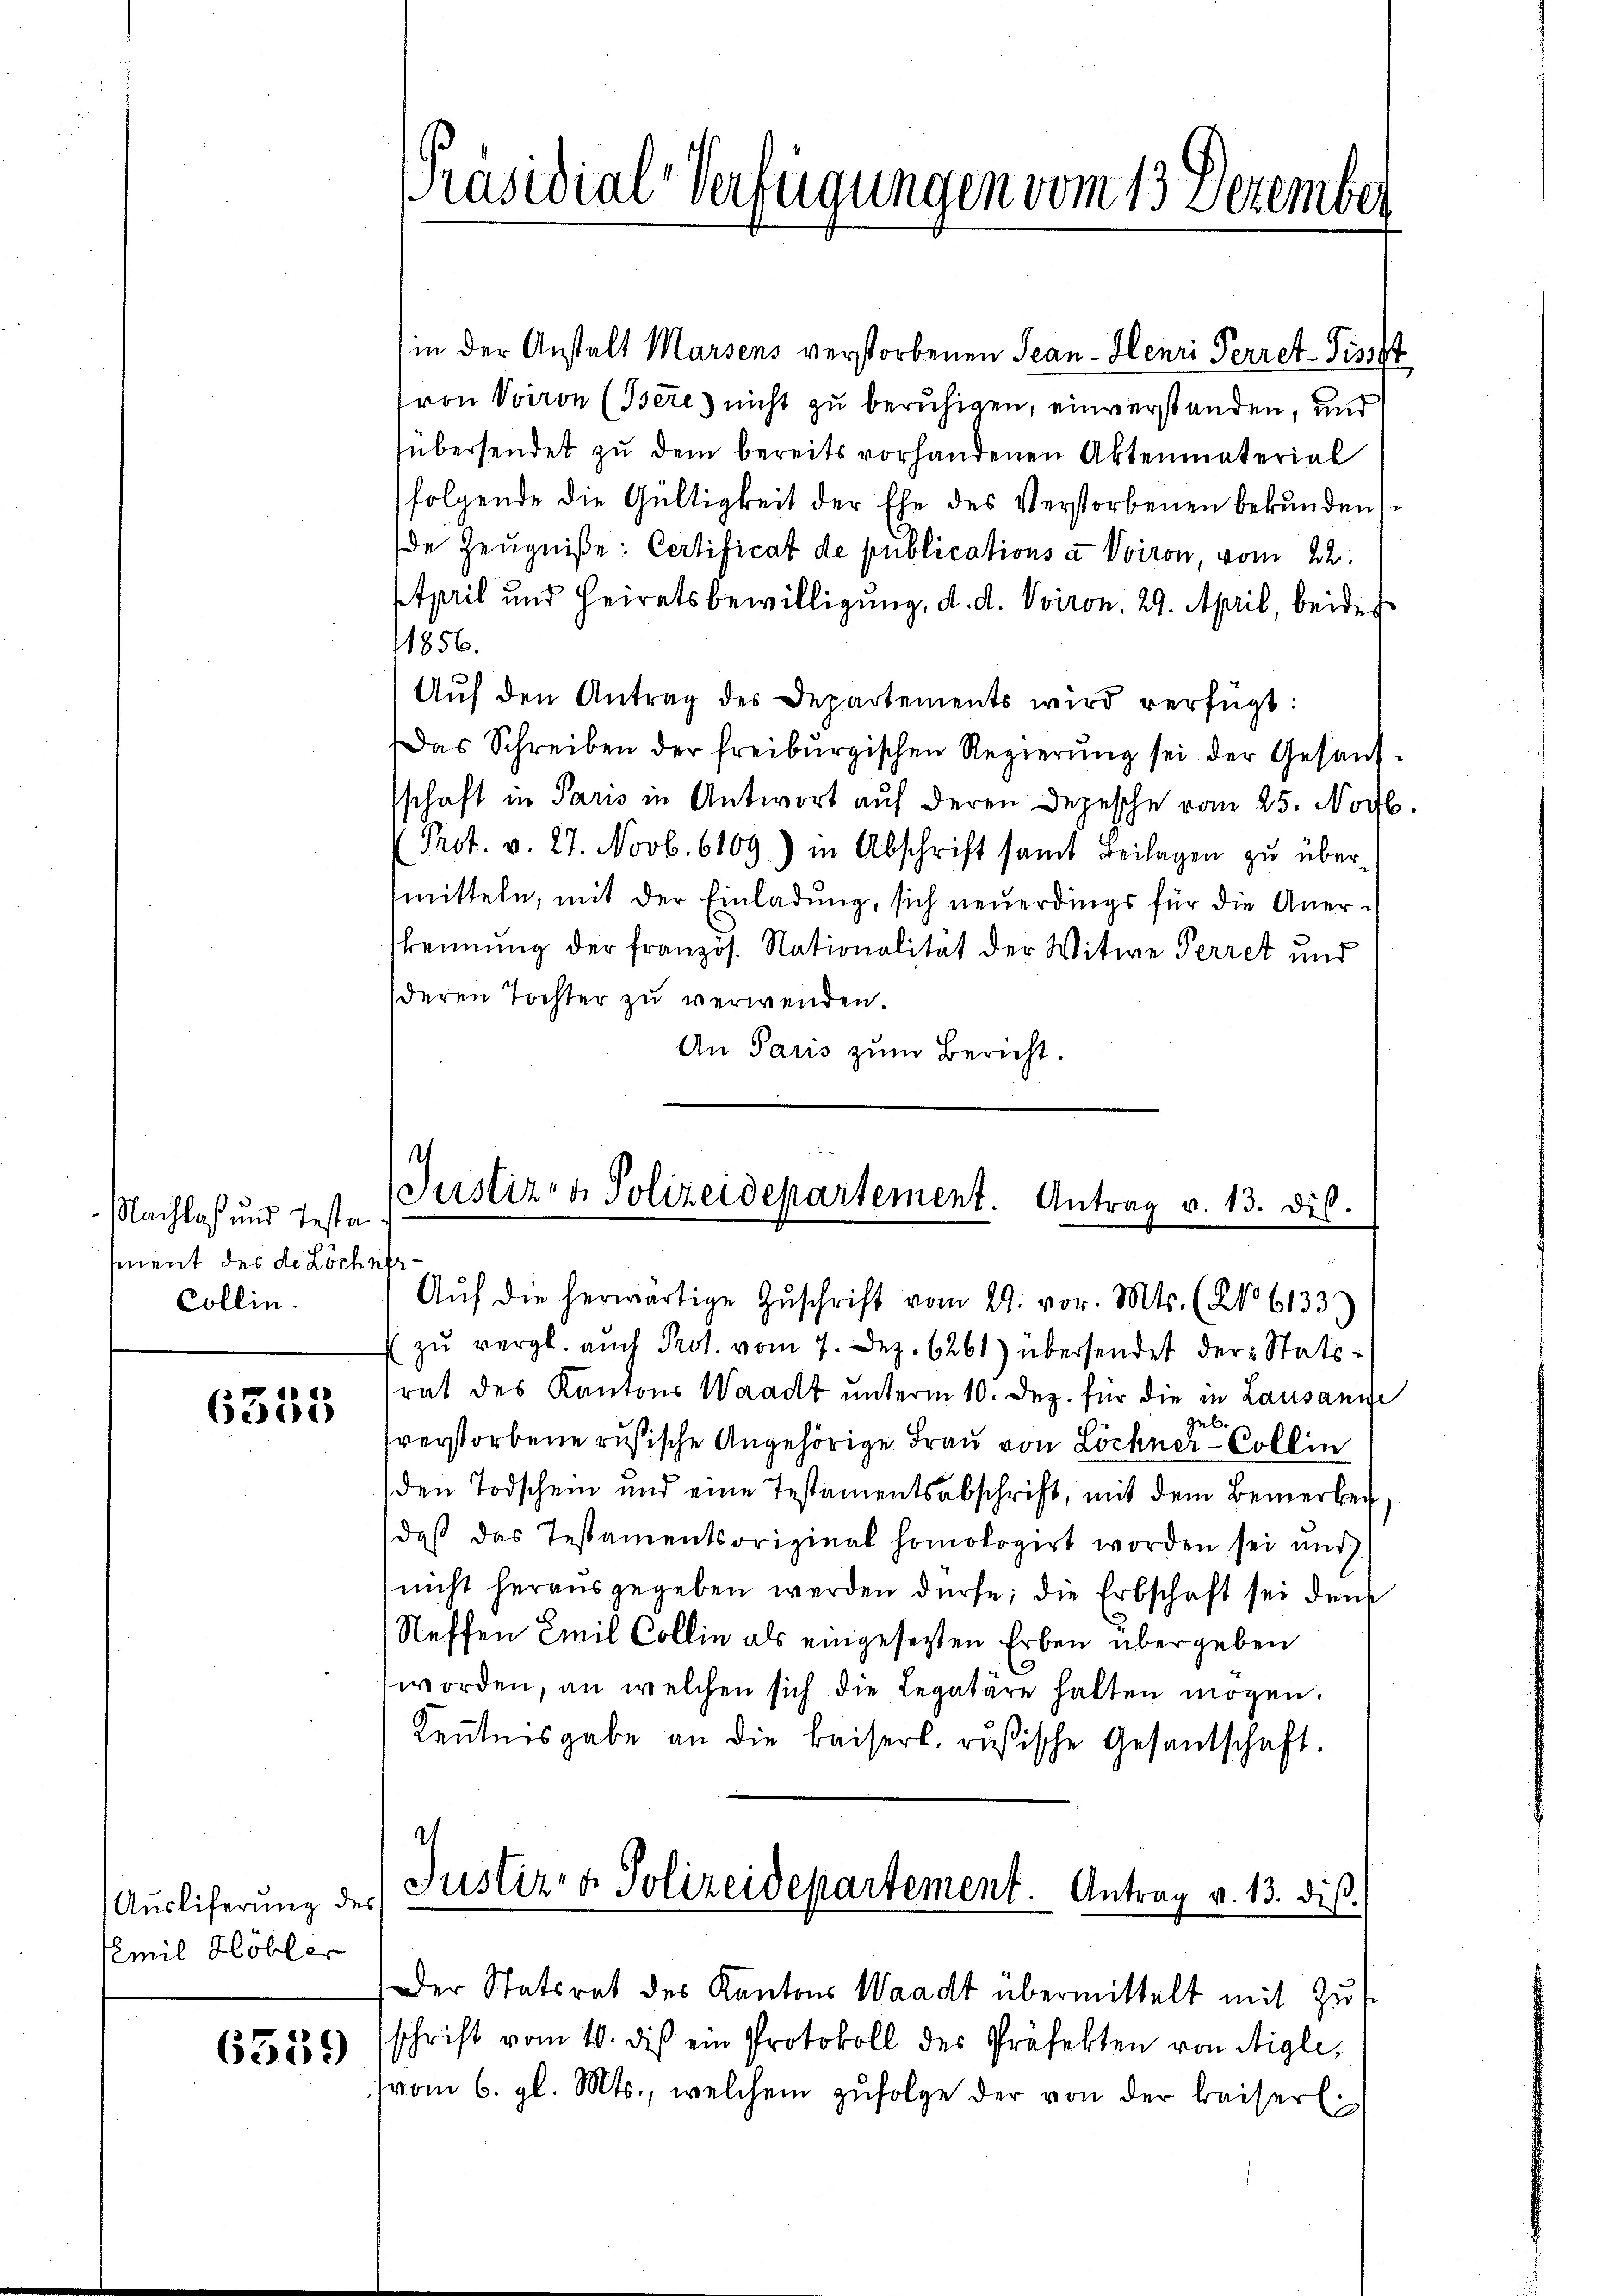
Nachlaß und Testa
sment des de Löchefr
Collin.

6335

Ausliferung des
Emil Höbler

6339

in der Anstalt Marsens verstorbenen Jean - Henri Perret-Fissst
(von Voiron (Bere) nicht zu beruhigen, einverstanden, und
übersendet zu dem bereits vorhandenen Aktenmaterial
folgende die Gültigkeit der Ehe des Verstorbenen bekunden s
de Zeugniße: Certificat de publications à Vviron, vom 22.
April und Heiratsbewilligung, d. d. Vviron. 29. April, beides
1856.
Aŭf den Antrag des Departements wird verfügt:
Das Schreiben der freiburgischen Regierung sei der Gesandschaft in Paris in Antwort auf deren Depesche vom 25. Novb.
Prot. v. 27. Novb. 6109) in Abschrift samt Beilagen zu übermitteln, mit der Einladung, sich neuerdings für die Anerkennung der französ. Nationalität der Witwe Perret und
deren Tochter zu verwenden
An Paris zum Bericht.

PPräsidial-Verfügungen vom 13. Dezember

s
Justiz- & Polizeidepartement. Antrag v. 13. dis.
Aŭf die herwärtige Zŭschrift vom 29. vor. Mts. (No 61333)

zŭ vergl. auch Prot. vom 7. Dez. 6261) übersendet der Statsrat des Kantons Waadt unterm 10. Dez. für die in Lausanne
sb
verstorbene rusische Angehörige Frau von Löchner-Collin
den Todschein und eine Testamentsabschrift, mit dem Bemerken,
daβ das Testamentsoriginal homologirt worden sei und
nicht herausgegeben werden dürfe; die Erbschaft sei denk
Neffen Emil Collin als eingesetzten Erben übergeben
worden, an welchen sich die Legatare halten mögen.
Kenntnisgabe an die Kaiserl. rusische Gesandschaft.

d
Justizra Polizeidepartement. Antrag v. 13. diβ.
Der Statsrat des Kantons Waadt übermittelt mit Zus

schrift vom 10. dis ein Protokoll des Präfekten von Aigle,
(vom 6. gl. Mts., welchem zŭfolge der von der Kaiserl.